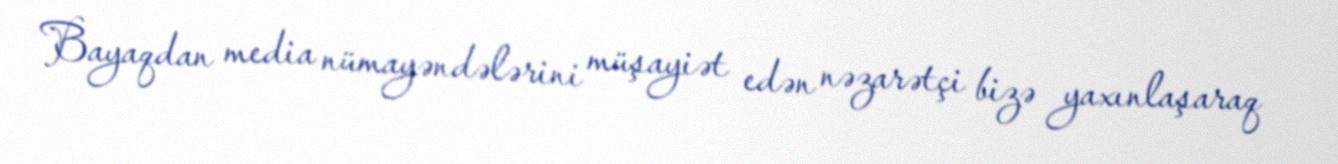
Bayaqdan media nümayəndələrini müşayiət edən nəzarətçi bizə yaxınlaşaraq